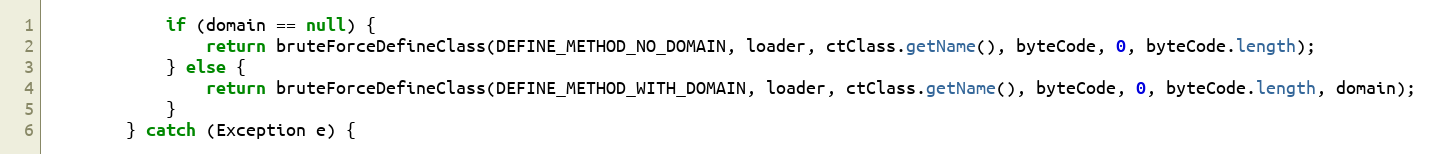
Language: Java
            if (domain == null) {
                return bruteForceDefineClass(DEFINE_METHOD_NO_DOMAIN, loader, ctClass.getName(), byteCode, 0, byteCode.length);
            } else {
                return bruteForceDefineClass(DEFINE_METHOD_WITH_DOMAIN, loader, ctClass.getName(), byteCode, 0, byteCode.length, domain);
            }
        } catch (Exception e) {